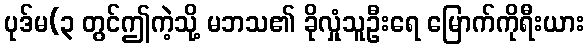
ပုဒ်မ(၃ တွင်ဤကဲ့သို့ မဘသ၏ ခိုလှုံသူဦးရေ မြောက်ကိုရီးယား